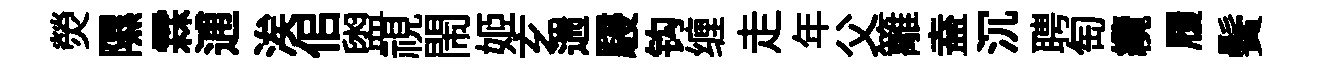
熒隰霖逋涘佀盥視閙姬𤣥遄駸钩缠走年父籬盍沉聘匋纜履鬢